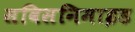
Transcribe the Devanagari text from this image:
सविसनिमाइड